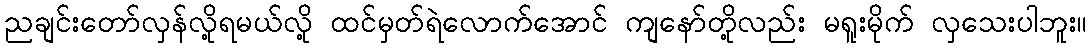
ညချင်းတော်လှန်လို့ရမယ်လို့ ထင်မှတ်ရဲလောက်အောင် ကျနော်တို့လည်း မရူးမိုက် လှသေးပါဘူး။